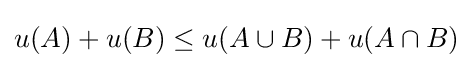
u(A)+u(B)\leq u(A\cup B)+u(A\cap B)